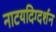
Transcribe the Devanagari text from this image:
नाटयदिग्दर्शन